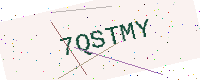
Text: 7QSTMY